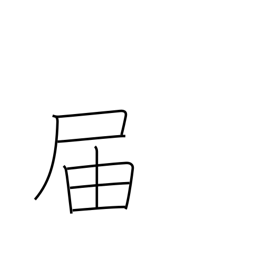
Meaning: arrive